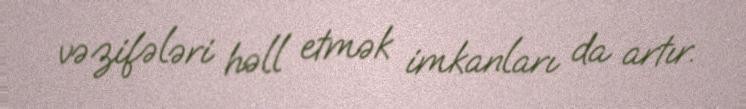
vəzifələri həll etmək imkanları da artır.